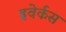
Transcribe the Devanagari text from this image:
इवेर्कस